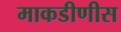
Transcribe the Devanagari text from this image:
माकडीणीस